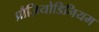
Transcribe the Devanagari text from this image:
प्रौज़ियोडिनियम